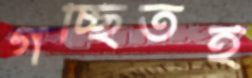
গচ্ছিতই